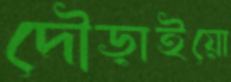
দৌড়াইয়ো